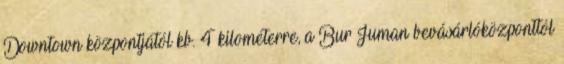
Downtown központjától kb. 4 kilométerre, a Bur Juman bevásárlóközponttól